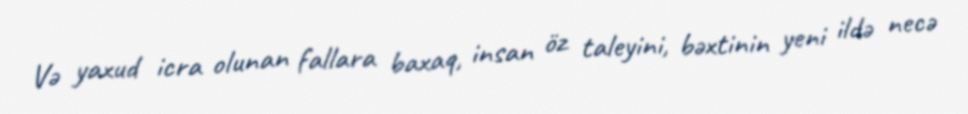
Və yaxud icra olunan fallara baxaq, insan öz taleyini, bəxtinin yeni ildə necə